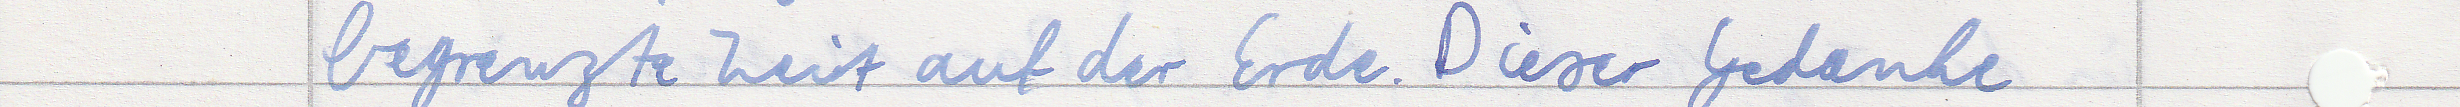
begrenzte Zeit auf der Erde. Dieser Gedanke